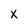
Character: X